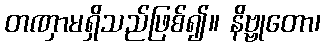
တဏှာမရှိသည်ဖြစ်၍။ နိဗ္ဗုတော၊